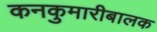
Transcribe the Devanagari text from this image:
कनकुमारीबालक